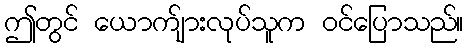
ဤတွင် ယောက်ျားလုပ်သူက ဝင်ပြောသည်။